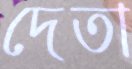
দেতা